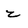
Character: z